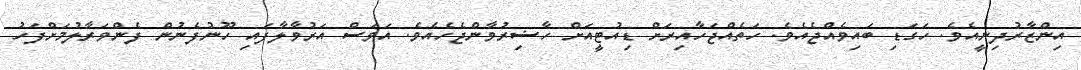
އިންޒާރުދިނީއެވެ. ހަގަޑި ބައިވެއްޖެއެވެ. ހަތެއްޖަހާއިރަށް ޑިއުޓީއަށް ހާޟިރުވާންޖެހެއެވެ. އަވަސް އަރުވާލާފައި ހޫނުފެނުން ފެންވަރާލުމަށްފަހު